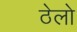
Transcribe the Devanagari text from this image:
ठेलो